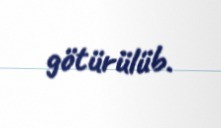
götürülüb.